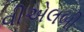
વીએલબી